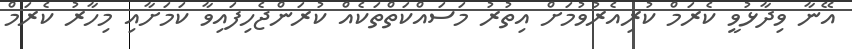
އޭނާ ވިދާޅުވީ ކެރަމް ކުރިއެރުވުމަށް އިތުރު މަސައްކަތްތަކެއް ކުރަންޖެހިފައިވާ ކަމަށާއި މިހާރު ކެރަމް